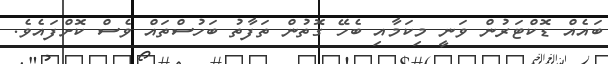
ބައެއް ޑޮކްޓަރުން ވަނީ މިކަމާއި ބެހޭ ގޮތުން ތަފާތު ބަހުސްތައް ވެސް ކޮށްފައެވެ.